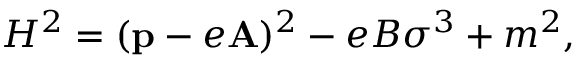
H ^ { 2 } = ( { \bf p } - e { \bf A } ) ^ { 2 } - e B \sigma ^ { 3 } + m ^ { 2 } ,